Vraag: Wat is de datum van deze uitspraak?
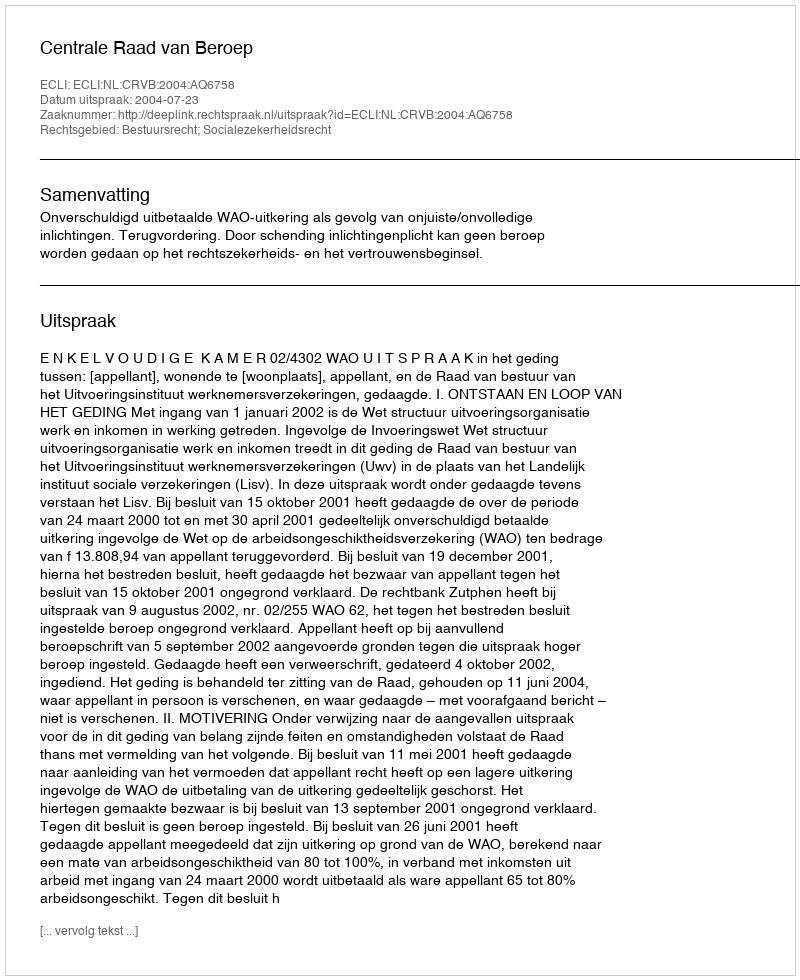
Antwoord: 2004-07-23